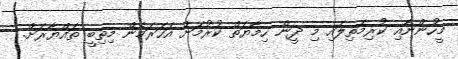
މީހުންނާއި ކުރިމަތިލައި މި ދީން ހިމާޔަތް ކުރުމަށް އަހަރަމެން މިތިބީ ތައްޔާރަށް.